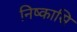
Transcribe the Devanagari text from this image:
निष्कासि